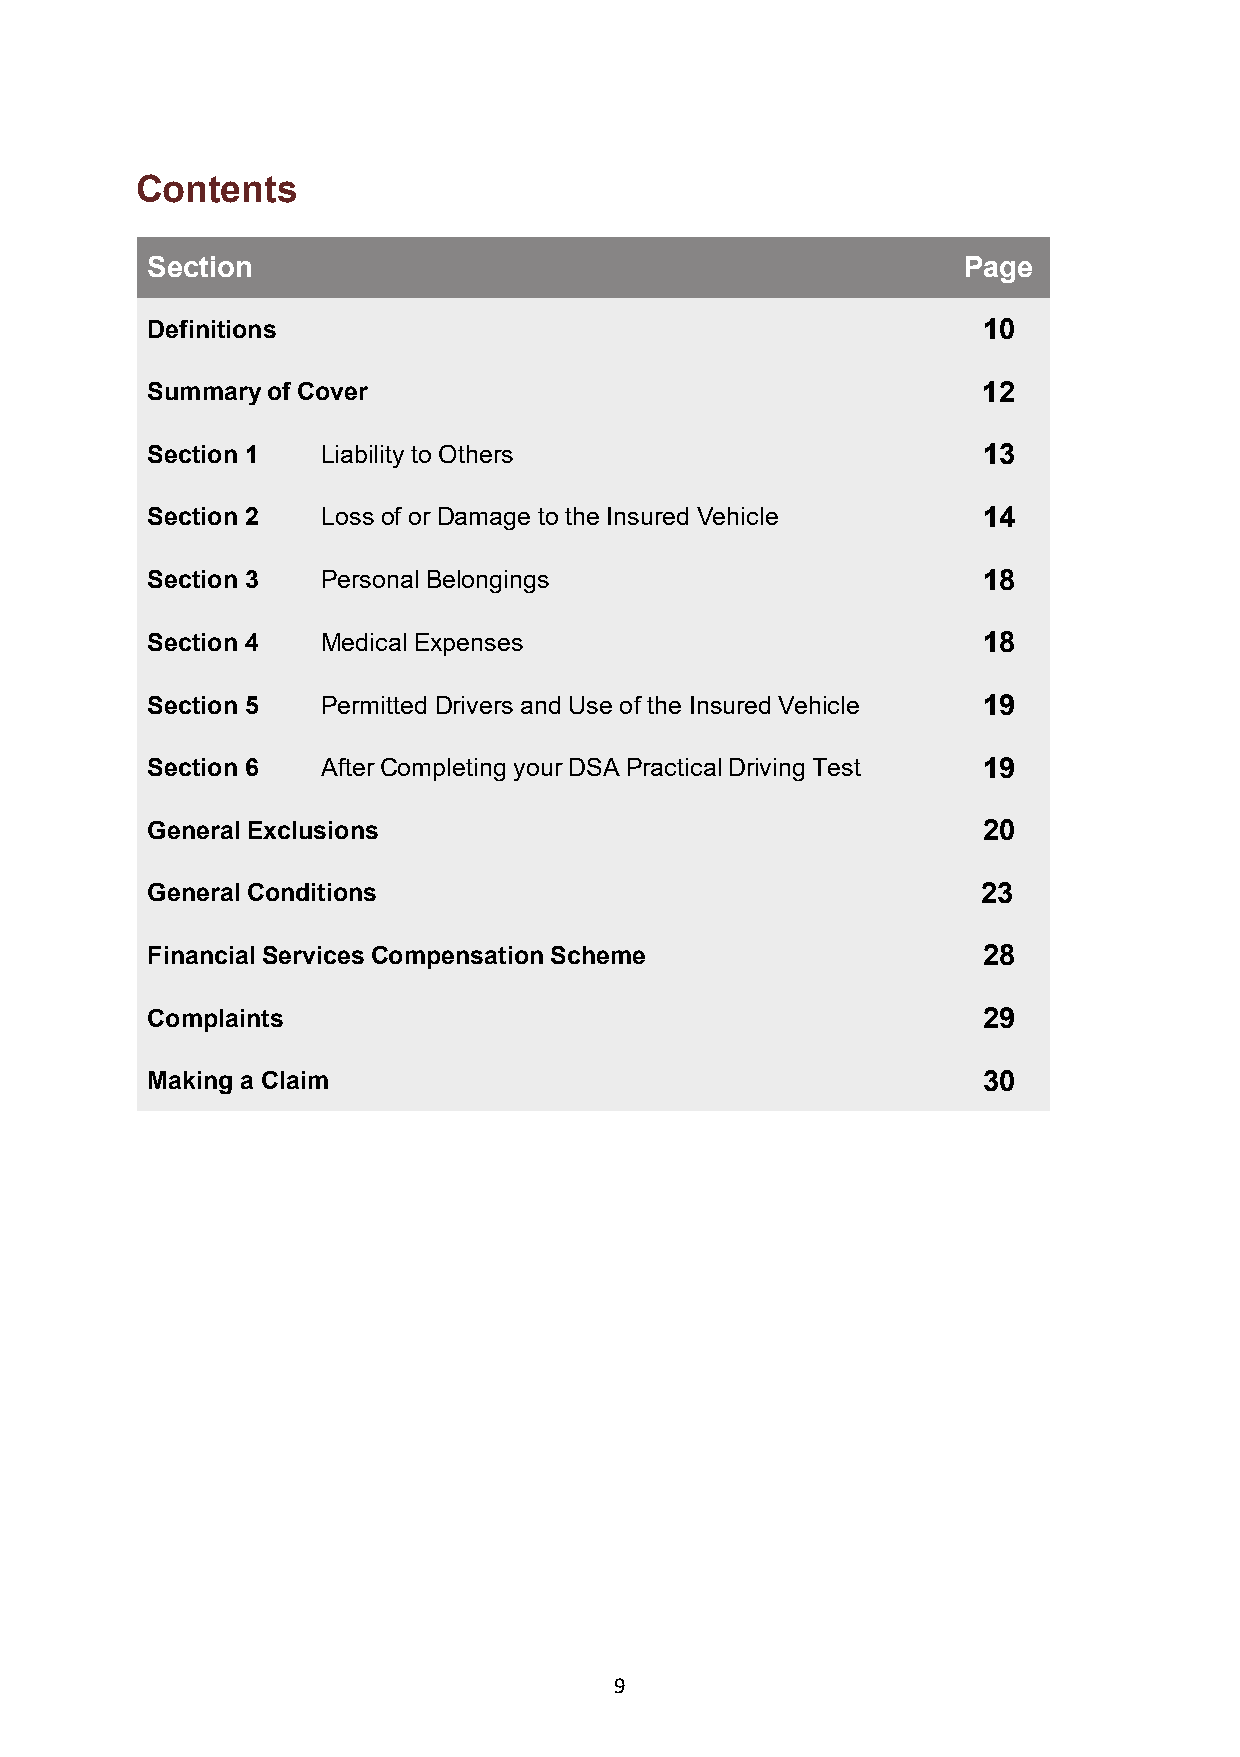
Contents
 Section                                               Page
 Definitions                                            10
 Summary of Cover                                       12
 Section 1  Liability to Others                         13
 Section 2  Loss of or Damage to the Insured Vehicle    14
 Section 3  Personal Belongings                         18
 Section 4  Medical Expenses                            18
 Section 5  Permitted Drivers and Use of the Insured Vehicle 19
 Section 6  After Completing your DSA Practical Driving Test 19
 General Exclusions                                     20
 General Conditions                                     23
 Financial Services Compensation Scheme                 28
 Complaints                                             29
 Making a Claim                                         30
 9